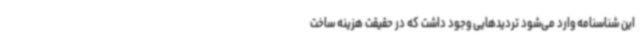
این شناسنامه وارد می‌شود تردیدهایی وجود داشت که در حقیقت هزینه ساخت